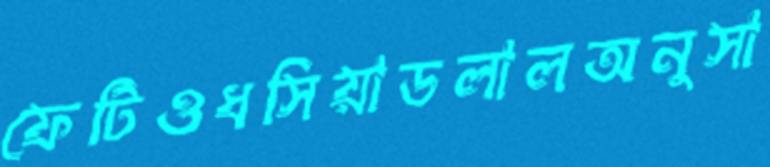
ফেটিওধসিয়াডলালঅনুসা